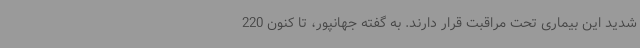
شدید این بیماری تحت مراقبت قرار دارند. به گفته جهانپور، تا کنون 220